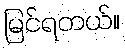
မြင်ရတယ်။